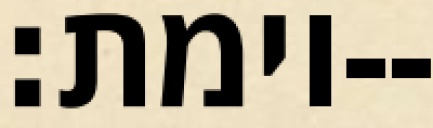
וימת׃--